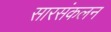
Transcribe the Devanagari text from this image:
सारसंकलन